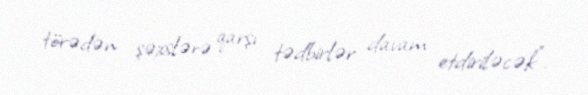
törədən şəxslərə qarşı tədbirlər davam etdiriləcək”.